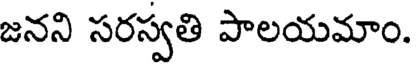
జనని సరస్వతి పాలయమాం.